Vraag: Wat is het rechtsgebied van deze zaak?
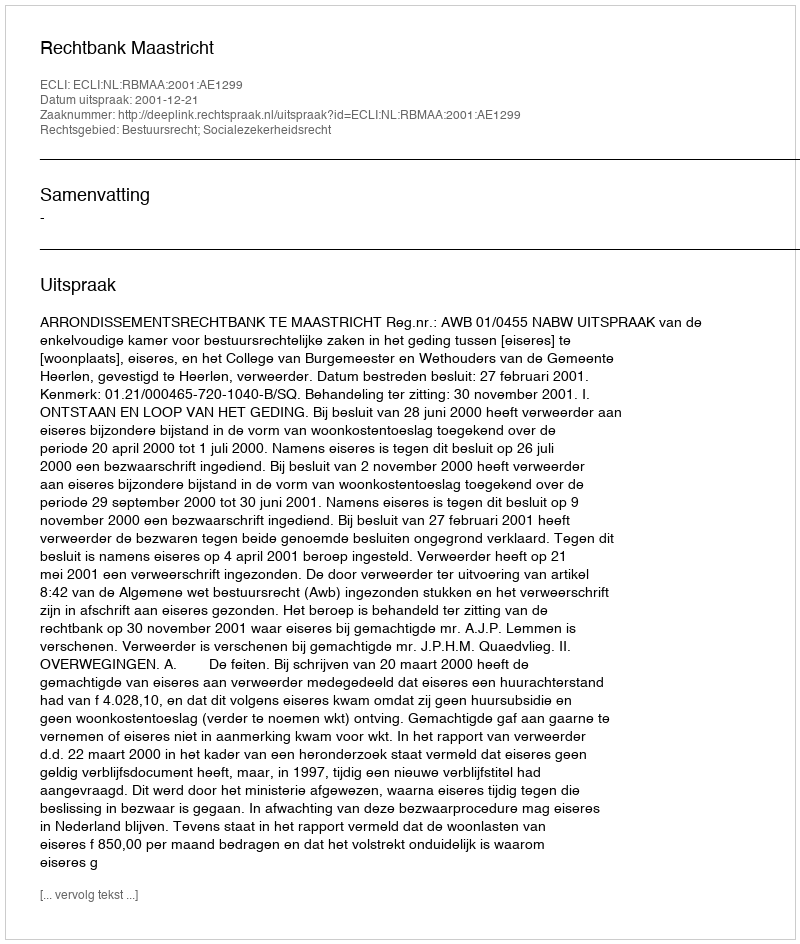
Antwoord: Bestuursrecht; Socialezekerheidsrecht